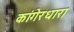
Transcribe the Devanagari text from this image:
कांगेरधारा